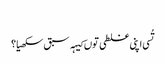
‏
تُسی اپنی غلطی توں کیہہ سبق سکھیا؟